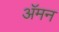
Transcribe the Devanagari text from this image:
अॅमन